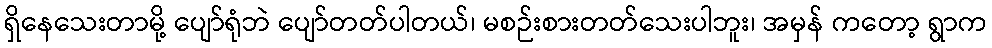
ရှိနေသေးတာမို့ ပျော်ရုံဘဲ ပျော်တတ်ပါတယ်၊ မစဉ်းစားတတ်သေးပါဘူး၊ အမှန် ကတော့ ရွာက